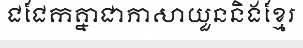
ជជែកគ្នាជាភាសាយួននិងខ្មែរ